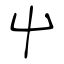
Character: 屮